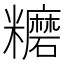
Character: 𥽨